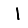
Digit: 1